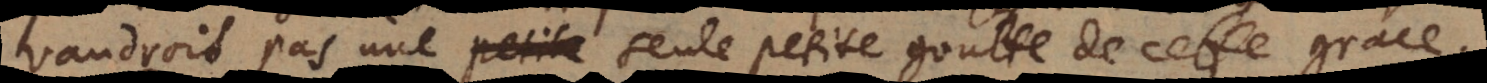
audroit pas une seule petite goutte de cette grace.